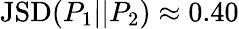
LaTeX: \mathrm{JSD}(P_{1}||P_{2})\approx 0.40